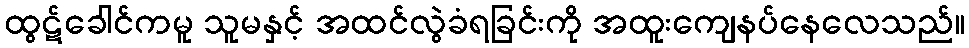
ထွဋ်ခေါင်ကမူ သူမနှင့် အထင်လွဲခံရခြင်းကို အထူးကျေနပ်နေလေသည်။